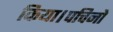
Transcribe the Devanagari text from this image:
किया।पचिनो